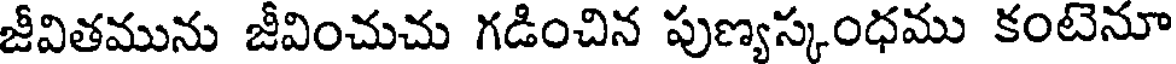
జీవితమును జీవించుచు గడించిన పుణ్యస్కంధము కంటెనూ